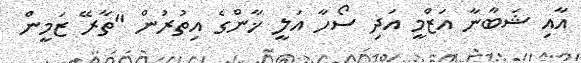
އާއި ޝަބާނާ އަޒްމީ އަދި ސޯހާ އަލީ ޚާންގެ އިތުރުން "ތާރޭ ޒަމީން